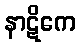
နာဋိကေ